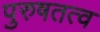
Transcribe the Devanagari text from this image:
पुरुषतत्व